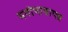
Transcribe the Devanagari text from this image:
मनोभावापन्न